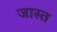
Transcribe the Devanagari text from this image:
जास्‍त्‍ा